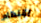
بإنتظام